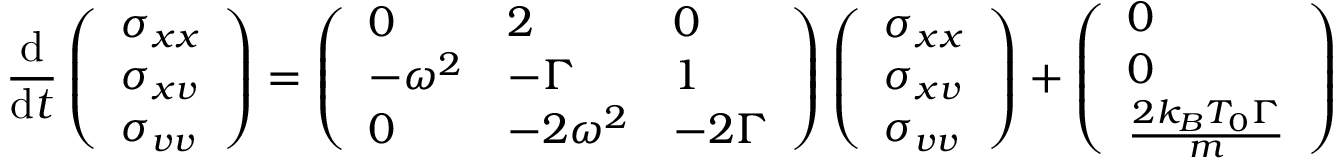
\frac { \mathrm d } { \mathrm d t } \left( \begin{array} { l } { \sigma _ { x x } } \\ { \sigma _ { x v } } \\ { \sigma _ { v v } } \end{array} \right) = \left( \begin{array} { l l l } { 0 } & { 2 } & { 0 } \\ { - \omega ^ { 2 } } & { - \Gamma } & { 1 } \\ { 0 } & { - 2 \omega ^ { 2 } } & { - 2 \Gamma } \end{array} \right) \left( \begin{array} { l } { \sigma _ { x x } } \\ { \sigma _ { x v } } \\ { \sigma _ { v v } } \end{array} \right) + \left( \begin{array} { l } { 0 } \\ { 0 } \\ { \frac { 2 k _ { B } T _ { 0 } \Gamma } { m } } \end{array} \right)